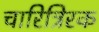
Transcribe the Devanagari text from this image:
चारित्रिरक